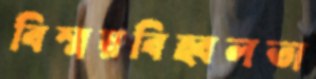
বিস্ময়বিহ্বলতা